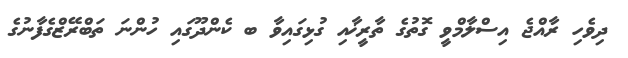
ދިވެހި ރާއްޖެ އިސްލާމްވީ ގޮތުގެ ތާރީޚާއި ގުޅިގައިވާ ބ ކެންދޫގައި ހުންނަ ތަބްރޭޒްގެފާނުގެ